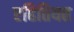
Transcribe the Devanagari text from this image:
एहितियत